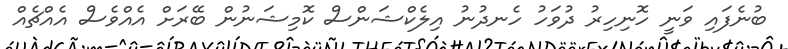
ބުނެފައި ވަނީ ހޮނިހިރު ދުވަހު ހެނދުނު އިލެކްޝަންސް ކޮމިޝަނުން ބޭރަށް އެއްވެސް އެއްޗެއް